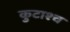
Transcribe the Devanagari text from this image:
कुटाश्च